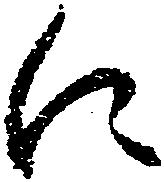
に